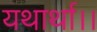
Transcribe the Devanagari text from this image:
यथार्था।।